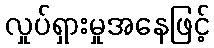
လှုပ်ရှားမှုအနေဖြင့်